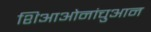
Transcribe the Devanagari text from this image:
शिआओनांचुआन